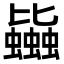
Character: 𧔯